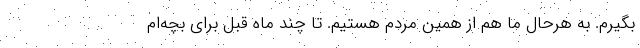
بگیرم. به هرحال ما هم از همین مردم هستیم. تا چند ماه قبل برای بچه‌ام